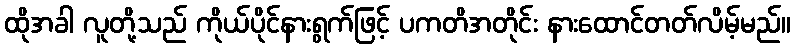
ထိုအခါ လူတို့သည် ကိုယ်ပိုင်နားရွက်ဖြင့် ပကတိအတိုင်း နားထောင်တတ်လိမ့်မည်။